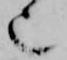
也